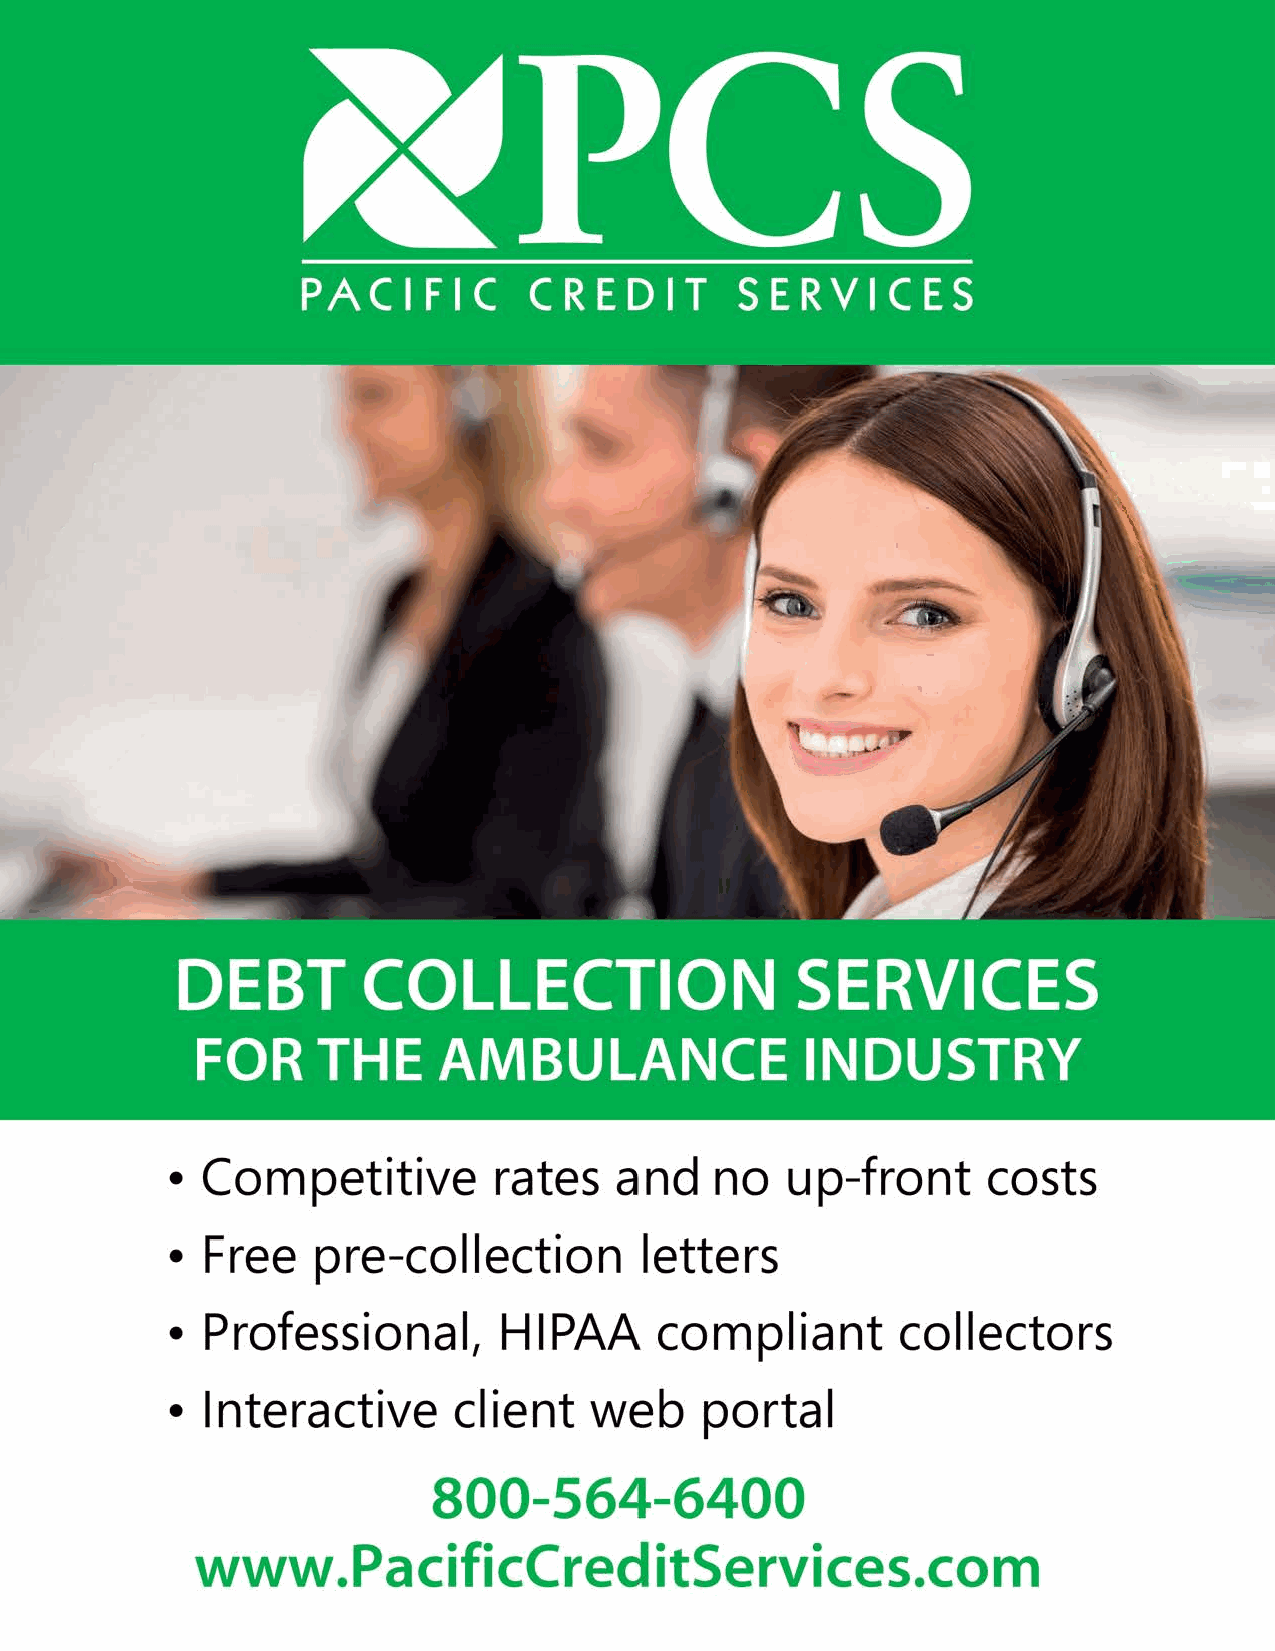
2                                                                    Fall 2021